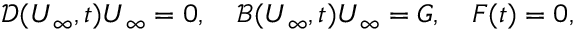
\mathcal { D } ( \boldsymbol { U } _ { \infty } , t ) \boldsymbol { U } _ { \infty } = 0 , \quad \mathcal { B } ( \boldsymbol { U } _ { \infty } , t ) \boldsymbol { U } _ { \infty } = G , \quad \boldsymbol { F } ( t ) = 0 ,